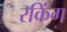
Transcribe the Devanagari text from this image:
रकिंग